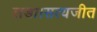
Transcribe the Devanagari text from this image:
लडा।सत्यजीत